Report of an investigation of the epidemic of malarial fever in Assam, or, kala-azar
Disease focus: Malaria
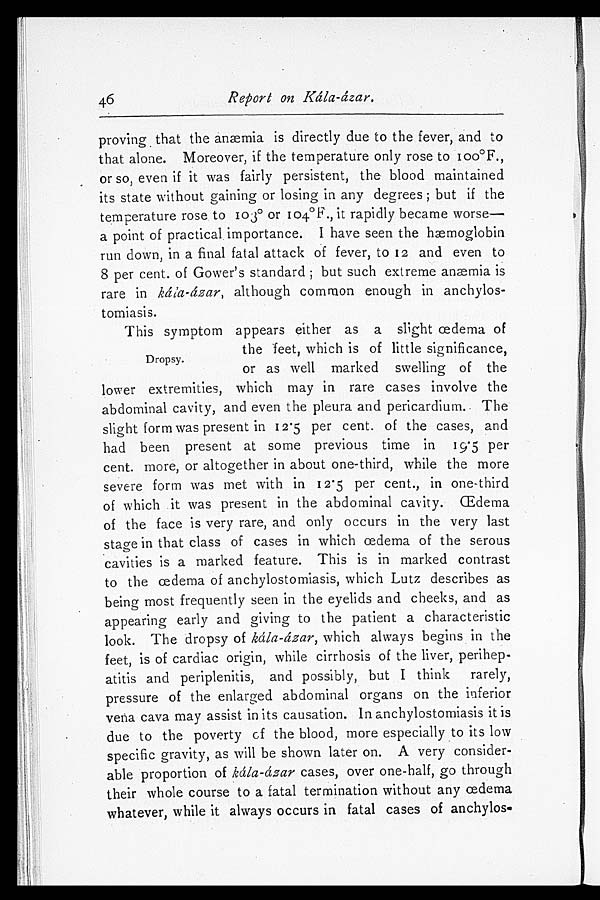
Report on Kála-ázar.
proving that the anæmia is directly due to the fever, and to
that alone. Moreover, if the temperature only rose to 100°F.,
or so, even if it was fairly persistent, the blood maintained
its state without gaining or losing in any degrees; but if the
temperature rose to 103° or 104°F., it rapidly became worse—
a point of practical importance. I have seen the hæmoglobin
run down, in a final fatal attack of fever, to 12 and even to
8 per cent. of Gower's standard; but such extreme anæmia is
rare in kála-ázar, although common enough in anchylos
-tomiasis.
This symptom appears either as a slight œdema of
the feet, which is of little significance,
or as well marked swelling of the
lower extremities, which may in rare cases involve the
abdominal cavity, and even the pleura and pericardium. The
slight form was present in 12.5 per cent. of the cases, and
had been present at some previous time in 19.5 per
cent. more, or altogether in about one-third, while the more
severe form was met with in 12.5 per cent., in one-third
of which it was present in the abdominal cavity. Œdema
of the face is very rare, and only occurs in the very last
stage in that class of cases in which œdema of the serous
cavities is a marked feature. This is in marked contrast
to the œdema of anchylostomiasis, which Lutz describes as
being most frequently seen in the eyelids and cheeks, and as
appearing early and giving to the patient a characteristic
look. The dropsy of kála-ázar, which always begins in the
feet, is of cardiac origin, while cirrhosis of the liver, perihep
- a t i t i s a n d p e r i p l e n i t i s , a n d p o s s i b l y , b u t I t h i n k r a r e l y ,
pressure of the enlarged abdominal organs on the inferior
vena cava may assist in its causation. In anchylostomiasis it is
due to the poverty of the blood, more especially to its low
specific gravity, as will be shown later on. A very consider
- a b l e p r o p o r t i o n o f
k á l a - á z a r
c a s e s , o v e r o n e - h a l f , g o t h r o u g h
their whole course to a fatal termination without any œdema
whatever, while it always occurs in fatal cases of anchylos-
46
Dropsy.